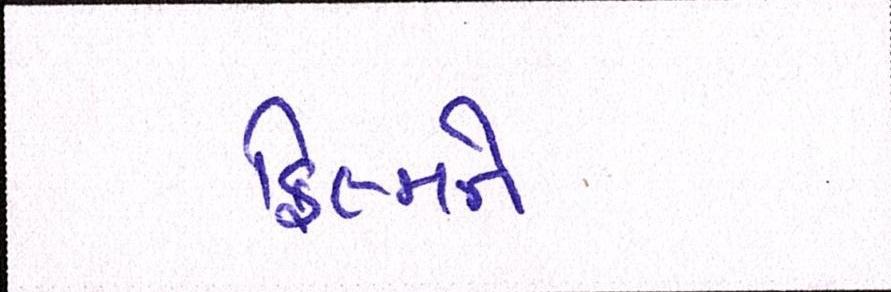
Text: ફિલ્મને